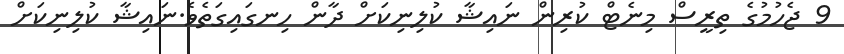
9 ޖެހުމުގެ ތިރީސް މިނެޓް ކުރިން ނައިޝާ ކުލިނިކަށް ދާން ހިނގައިގަތެވެ.ނައިޝާ ކުލިނިކަށް